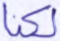
لكنا